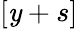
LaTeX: [\mathit{y}+s]